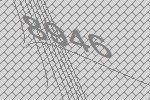
8946